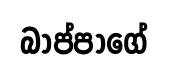
බාප්පාගේ